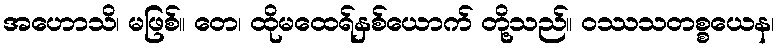
အဟောသိ၊ မဖြစ်။ တေ၊ ထိုမထေရ်နှစ်ယောက် တို့သည်။ ဝဿသတစ္စယေန၊